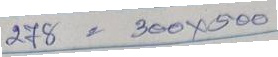
278 = 300x500